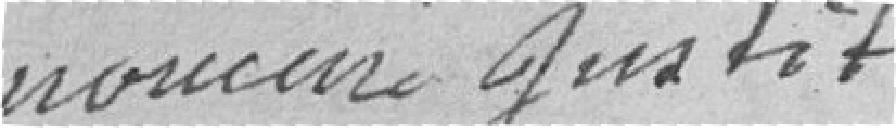
monsieur Justit